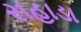
સહાડા